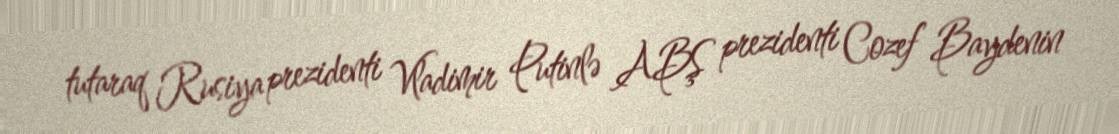
tutaraq Rusiya prezidenti Vladimir Putinlə ABŞ prezidenti Cozef Baydenin